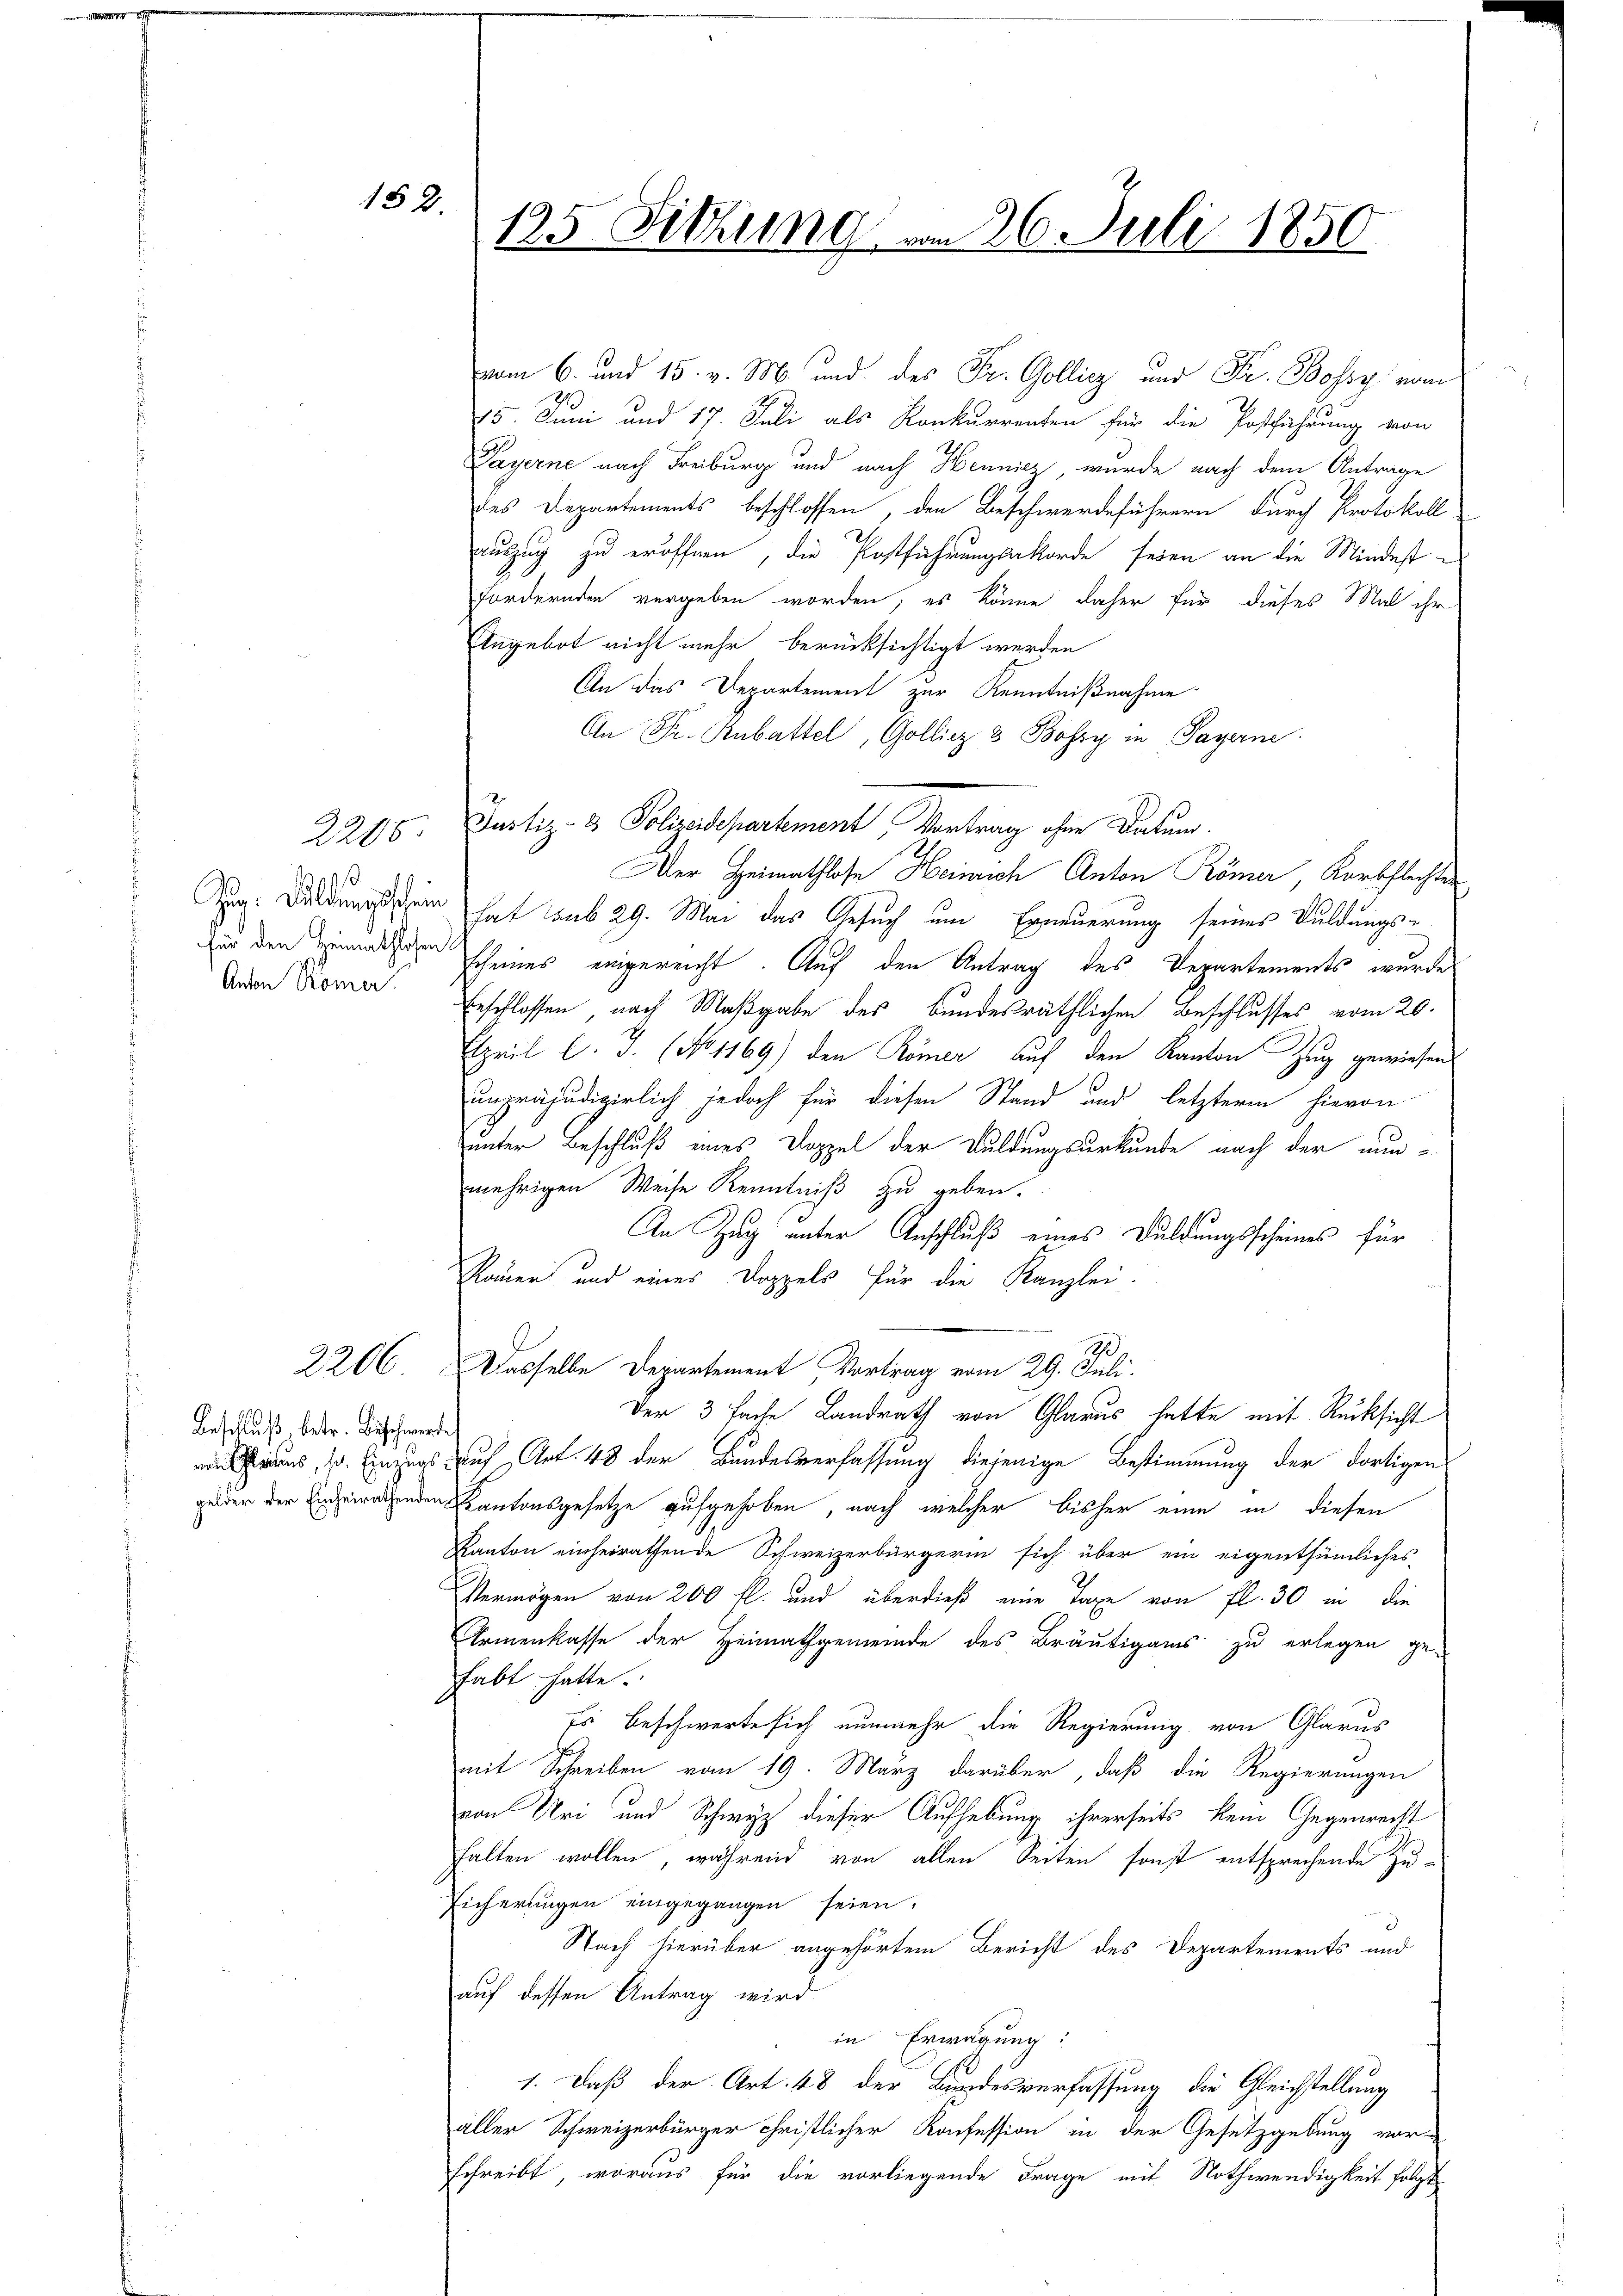
2205

152.

2206

Anton Römer

Beschluß, betr. Beschwerde
venschlius, s. Einzugs
gelder der Einheirathenden

125. Sitzung, am 26. Juli 1850

vom 6. und 15. v. M. und des Fr. Gollicz und Fr. Bossy vom
15. Juni und 17. Juli als Konkurrenten für die Postführung von
Payerne nach Freiburg und nach Hennicz, wurde nach dem Antrage
des Departements beschlossen, den Beschwerdeführern durch Protokoll
auszug zu eröffnen, die Postführungsakorde seien an die Mindestfordernden vergeben worden; es könne daher für dieses Mal ihr
Angebot nicht mehr berücksichtigt werden
An das Departement zur Kenntnißnahme
An Fr. Rabattel, Golliez 3 Bossy in Payerne
Justiz- & Polizeidepartement, Vortrag ohne Datum.
Der Heimathlose Heinrich Anton Römer, Korbflechter
Tag. Waldungsschein hat sub 29. Mai das Gesuch um Erneuerung seines Duldungs-
id den indischen scheines eingereicht. Auf den Antrag des Departements, wurde
beschlossen, nach Maßgabe des Bundesräthlichen Beschlusses vom 20.
April l. J. (No 1169) den Römer auf den Kanton Zug gewiesen
s
unpräjudigerlich jedoch für diesen Stand und letzteren hievon
unter Beschluß eines Doppel der Duldungsurkunde nach der nunmehrigen Weise Kenntniß zu geben.
An Zug unter Anschluß eines Duldungsscheines für
Rauen und eines Doppels für die Kanzlei.
90
Dasselbe Departement Vortrag vom 29. Juli.
Der 3 fache Landrath von Glarus hatte mit Rücksicht
auf Art. 48 der Bundesverfassung diejenige Bestimmung der dortigen
Kantonsgesetze aufgehoben, nach welcher bisher eine in diesen
Kanton einheirathende Schweizerbürgerin sich über ein eigenthümliches
Vermögen von 200 fl. und überdieß eine Tage von fl. 30 in die
Armenkasse der Heimathgemeinde des Bräutigams zu erlegen ge-
habt hatte.
Es beschwerte sich nunmehr die Regierung von Glarus
mit Schreiben vom 19. März darüber, daß die Regierungen
von Uri und Schwyz dieser Aufhebung ihrerseits kein Gegenrecht
halten wollen, während von allen Seiten sonst entsprechende Zu-
Eicherungen eingegangen seien.
Nach hierüber angehörtem Bericht des Departements und
auf dessen Antrag wird
in Erwägung:
1. Daß der Art. 48 der Bundesverfassung die Gleichstellung
aller Schweizerbürger christlicher Konfession in der Gesetzgebung vor-
schreibt, woraus für die vorliegende Frage mit Nothwendigkeit folgt